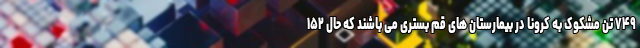
۷۴۹ تَن مشکوک به کرونا در بیمارستان های قم بستری می باشند که حال ۱۵۲